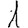
Digit: 1